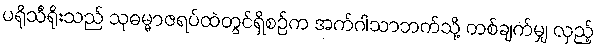
ပရိုသီရိုးသည် သုဓမ္မာဇရပ်ထဲတွင်ရှိစဉ်က အက်ဂါသာဘက်သို့ တစ်ချက်မျှ လှည့်